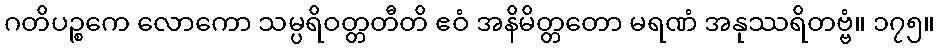
ဂတိပဉ္စကေ လောကော သမ္ပရိဝတ္တတီတိ ဧဝံ အနိမိတ္တတော မရဏံ အနုဿရိတဗ္ဗံ။ ၁၇၅။